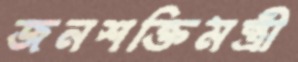
জনশক্তিমন্ত্রী